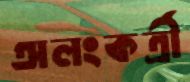
অলংকর্ত্রী